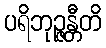
ပရိဘုဉ္ဇန္တီတိ